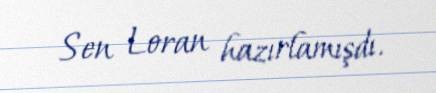
Sen Loran hazırlamışdı.